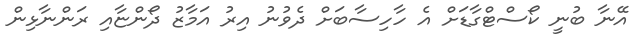
އޭނާ ބުނީ ކޯސްޓްގާޑަށް އެ ހާހިސާބަށް ދެވުނު އިރު އަމާޒު ދޯންޏާއި ރަންނާޅިން